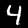
Digit: 4